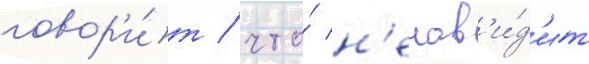
говор'и́т / что́ н'енав'и́д'ит